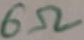
Text: 6Ω